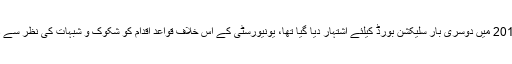
پہلی بار 2017، 2019 میں دوسری بار سلیکشن بورڈ کیلئے اشتہار دیا گیا تھا، یونیورسٹی کے اس خلاف قواعد اقدام کو شکوک و شبہات کی نظر سے دیکھا جانے لگا ہے۔